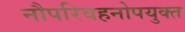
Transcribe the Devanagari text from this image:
नौपरिवहनोपयुक्त